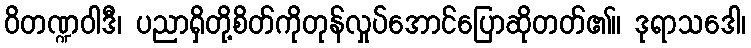
ဝိတဏ္ဍဝါဒီ၊ ပညာရှိတို့စိတ်ကိုတုန်လှုပ်အောင်ပြောဆိုတတ်၏။ ဒုရာသဒေါ၊